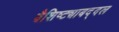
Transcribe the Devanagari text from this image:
वैशिष्ट्याबद्दल